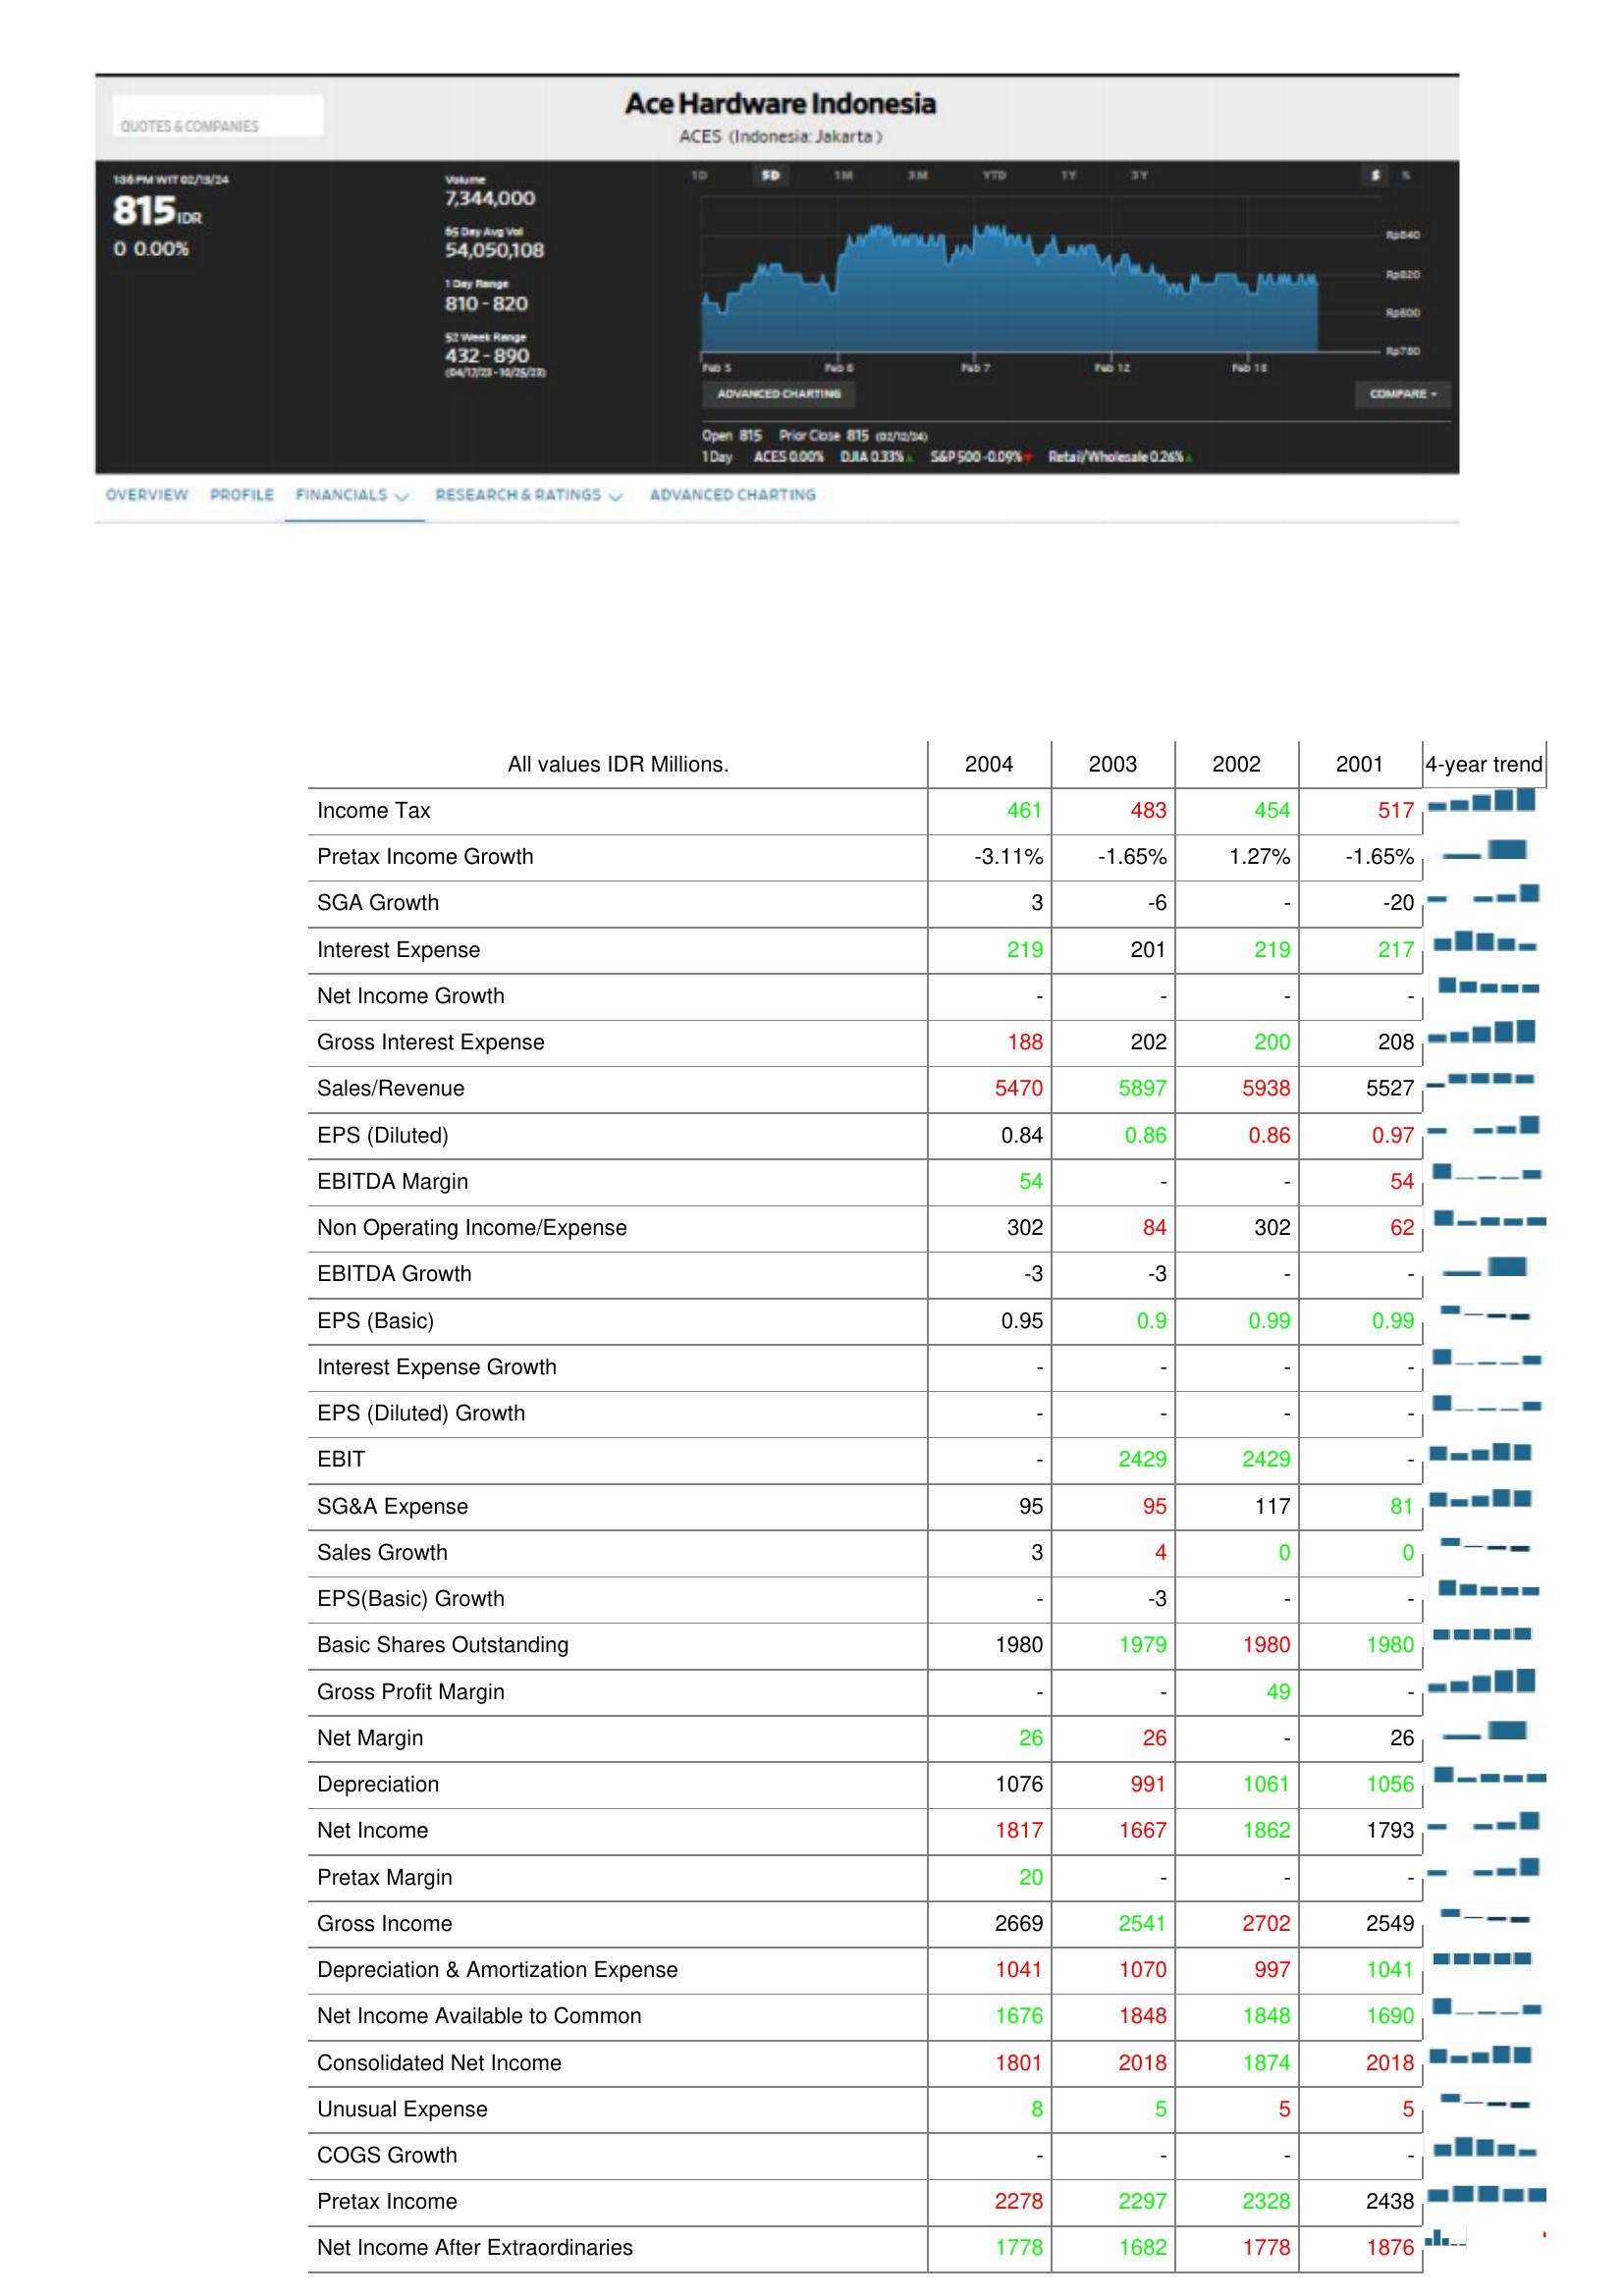
2004: : Income Tax: 461
Pretax Income Growth: -3.11%
SGA Growth: 3
Interest Expense: 219
Net Income Growth: -
Gross Interest Expense: 188
Sales/Revenue: 5470
EPS (Diluted): 0.84
EBITDA Margin: 54
Non Operating Income/Expense: 302
EBITDA Growth: -3
EPS (Basic): 0.95
Interest Expense Growth: -
EPS (Diluted) Growth: -
EBIT: -
SG&A Expense: 95
Sales Growth: 3
EPS(Basic) Growth: -
Basic Shares Outstanding: 1980
Gross Profit Margin: -
Net Margin: 26
Depreciation: 1076
Net Income: 1817
Pretax Margin: 20
Gross Income: 2669
Depreciation & Amortization Expense: 1041
Net Income Available to Common: 1676
Consolidated Net Income: 1801
Unusual Expense: 8
COGS Growth: -
Pretax Income: 2278
Net Income After Extraordinaries: 1778
2003: : Income Tax: 483
Pretax Income Growth: -1.65%
SGA Growth: -6
Interest Expense: 201
Net Income Growth: -
Gross Interest Expense: 202
Sales/Revenue: 5897
EPS (Diluted): 0.86
EBITDA Margin: -
Non Operating Income/Expense: 84
EBITDA Growth: -3
EPS (Basic): 0.9
Interest Expense Growth: -
EPS (Diluted) Growth: -
EBIT: 2429
SG&A Expense: 95
Sales Growth: 4
EPS(Basic) Growth: -3
Basic Shares Outstanding: 1979
Gross Profit Margin: -
Net Margin: 26
Depreciation: 991
Net Income: 1667
Pretax Margin: -
Gross Income: 2541
Depreciation & Amortization Expense: 1070
Net Income Available to Common: 1848
Consolidated Net Income: 2018
Unusual Expense: 5
COGS Growth: -
Pretax Income: 2297
Net Income After Extraordinaries: 1682
2002: : Income Tax: 454
Pretax Income Growth: 1.27%
SGA Growth: -
Interest Expense: 219
Net Income Growth: -
Gross Interest Expense: 200
Sales/Revenue: 5938
EPS (Diluted): 0.86
EBITDA Margin: -
Non Operating Income/Expense: 302
EBITDA Growth: -
EPS (Basic): 0.99
Interest Expense Growth: -
EPS (Diluted) Growth: -
EBIT: 2429
SG&A Expense: 117
Sales Growth: 0
EPS(Basic) Growth: -
Basic Shares Outstanding: 1980
Gross Profit Margin: 49
Net Margin: -
Depreciation: 1061
Net Income: 1862
Pretax Margin: -
Gross Income: 2702
Depreciation & Amortization Expense: 997
Net Income Available to Common: 1848
Consolidated Net Income: 1874
Unusual Expense: 5
COGS Growth: -
Pretax Income: 2328
Net Income After Extraordinaries: 1778
2001: : Income Tax: 517
Pretax Income Growth: -1.65%
SGA Growth: -20
Interest Expense: 217
Net Income Growth: -
Gross Interest Expense: 208
Sales/Revenue: 5527
EPS (Diluted): 0.97
EBITDA Margin: 54
Non Operating Income/Expense: 62
EBITDA Growth: -
EPS (Basic): 0.99
Interest Expense Growth: -
EPS (Diluted) Growth: -
EBIT: -
SG&A Expense: 81
Sales Growth: 0
EPS(Basic) Growth: -
Basic Shares Outstanding: 1980
Gross Profit Margin: -
Net Margin: 26
Depreciation: 1056
Net Income: 1793
Pretax Margin: -
Gross Income: 2549
Depreciation & Amortization Expense: 1041
Net Income Available to Common: 1690
Consolidated Net Income: 2018
Unusual Expense: 5
COGS Growth: -
Pretax Income: 2438
Net Income After Extraordinaries: 1876